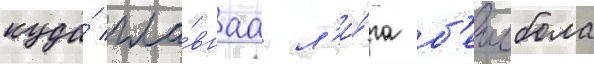
куда́ гла́внаа л'и́га б'еисбола